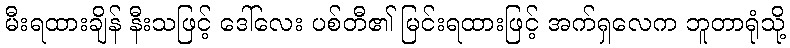
မီးရထားချိန် နီးသဖြင့် ဒေါ်လေး ပစ်တီ၏ မြင်းရထားဖြင့် အက်ရှလေက ဘူတာရုံသို့